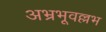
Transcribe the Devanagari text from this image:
अभ्रभूवल्लभ